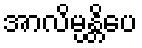
အာလိမ္ပန္တိပေ